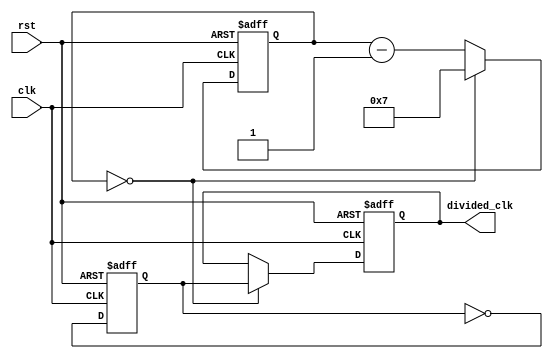
module clock_divider (
    input wire clk,
    input wire rst,
    
    output wire divided_clk
);

reg [7:0] counter;
reg clk_sync;
reg divided_clk_reg;

always @ (posedge clk or posedge rst) begin
    if (rst)
        counter <= 8'd0;
    else begin
        if (counter == 8'd0)
            counter <= 8'd7;
        else
            counter <= counter - 1;
    end
end

always @ (posedge clk or posedge rst) begin
    if (rst)
        clk_sync <= 1'b0;
    else
        clk_sync <= ~clk_sync;
end

always @ (posedge clk or posedge rst) begin
    if (rst)
        divided_clk_reg <= 1'b0;
    else begin
        if (counter == 8'd0)
            divided_clk_reg <= clk_sync;
        else
            divided_clk_reg <= divided_clk_reg;
    end
end

assign divided_clk = divided_clk_reg;

endmodule